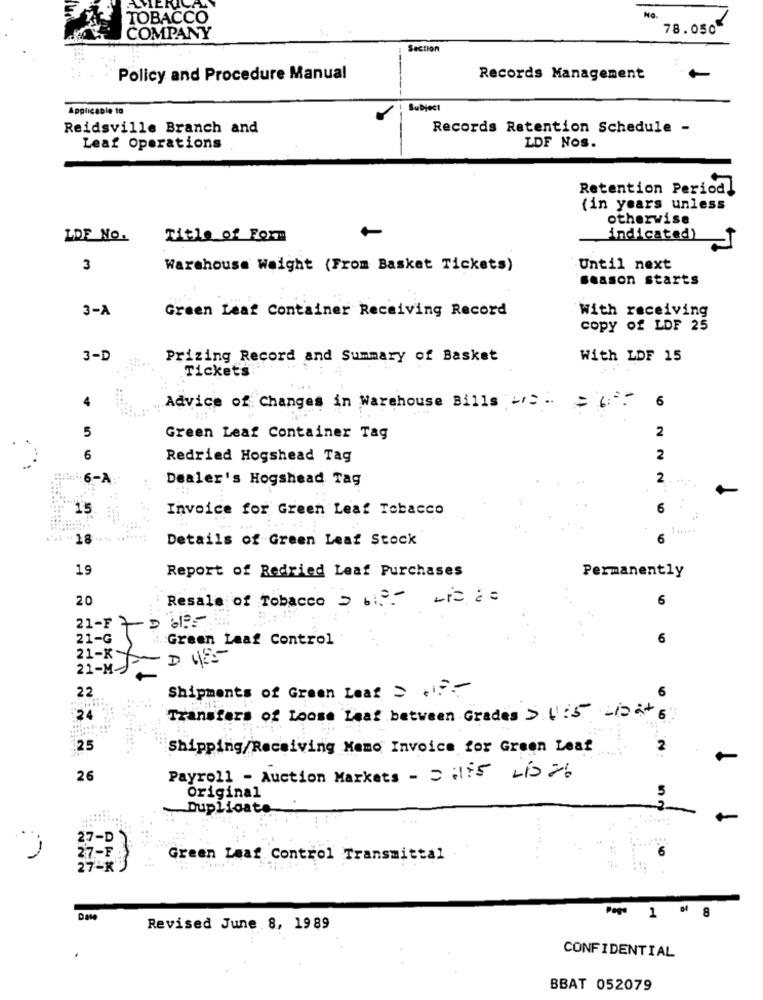
TOBACCO
No.
78.050
COMPANY
Section
Policy and Procedure Manual
Records Management
Applicable to
Subject
Reidsville Branch and
Records Retention Schedule -
Leaf Operations
LDF Nos.
Retention Period]
(in years unless
otherwise
LDF No.
Title of Form
indicated)
3
Warehouse Weight (From Basket Tickets)
Until next
season starts
3-A
Green Leaf Container Receiving Record
With receiving
COPY of LDF 25
3-D
Prizing Record and Summary of Basket
With LDF 15
Tickets
6
4
Advice of Changes in Warehouse Bills w/= = 6 :-
5
2
Green Leaf Container Tag
6
Redried Hogshead Tag
2
6-A
Dealer's Hogshead Tag
2
15
Invoice for Green Leaf Tobacco
6
18
Details of Green Leaf Stock
6
19
Report of Redried Leaf Purchases
Permanently
20
Resale of Tobacco 2 ª - Li= =
6
21-FADO
21-G
:. Green Leaf Control
6
21-K-
DUES
21-M-
22
Shipments of Green Leaf 2 .7 .-
24
Transfers of Loose Leaf between Grades D 4:5 -10 at 6
125
Shipping/Receiving Mamo Invoice for Green Leaf
2
26
Payroll - Auction Markets - 2 175 LID 2
Original
Duplicate
27-D
27-E
Green Leaf Control Transmittal
27-X
Page 1 9 8
Revised June 8, 1989
CONFIDENTIAL
BBAT 052079